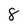
Character: 8